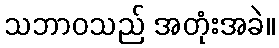
သဘာဝသည် အတုံးအခဲ။